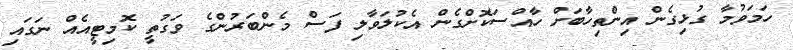
ހަމަވުމާ ގުޅިގެން އިންތިހާބަށް ހާއްސަކޮށްގެން އެކުލަވާލި ފަސް މެންބަރުންގެ ވަގުތީ ކޮމިޓީއެއް ނަގައި